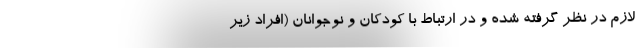
لازم در نظر گرفته شده و در ارتباط با کودکان و نوجوانان (افراد زیر